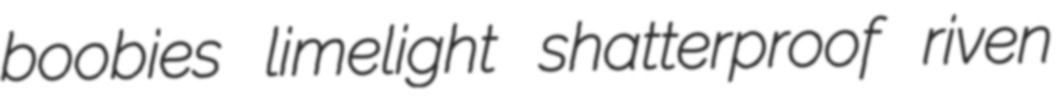
boobies limelight shatterproof riven